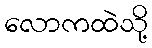
လောကထဲသို့